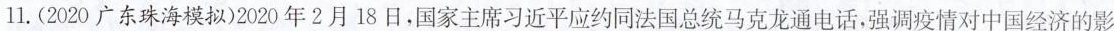
11.(2020广东珠海模拟)2020年2月18日，国家主席习近平应约同法国总统马克龙通电话，强调疫情对中国经济的影